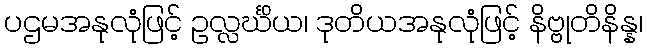
ပဌမအနုလုံဖြင့် ဥလ္လင်္ဃိယ၊ ဒုတိယအနုလုံဖြင့် နိဗ္ဗုတိနိန္န၊